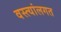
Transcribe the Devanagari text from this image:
वस्त्यांलगत